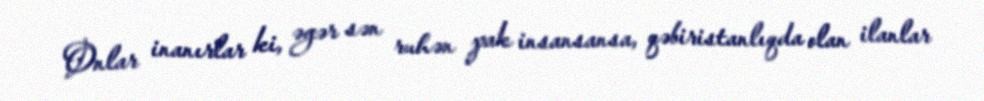
Onlar inanırlar ki, əgər sən ruhən pak insansansa, qəbiristanlıqda olan ilanlar